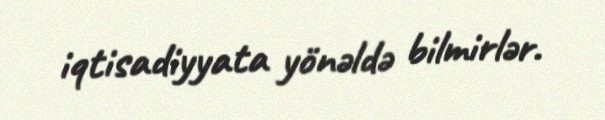
iqtisadiyyata yönəldə bilmirlər.